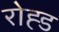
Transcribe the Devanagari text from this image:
रोह्ड